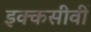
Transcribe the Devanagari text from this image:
इक्कसीवीं